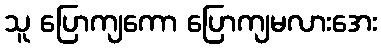
သူ ပြောကျကော ပြောကျမလားအေး